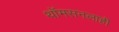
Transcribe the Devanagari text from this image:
थॉमसनलाही